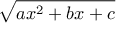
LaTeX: \sqrt { a x ^ { 2 } + b x + c }